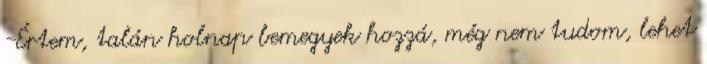
-Értem, talán holnap bemegyek hozzá, még nem tudom, lehet